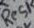
Text: Res1